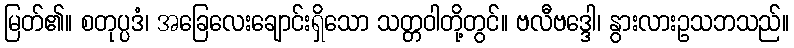
မြတ်၏။ စတုပ္ပဒံ၊ အခြေလေးချောင်းရှိသော သတ္တဝါတို့တွင်။ ဗလီဗဒ္ဒေါ၊ နွားလားဥသဘသည်။